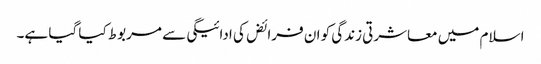
اسلام میں معاشرتی زندگی کو ان فرائض کی ادائیگی سے مربوط کیا گیا ہے۔